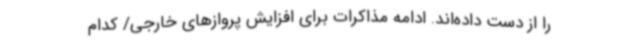
را از دست داده‌اند. ادامه مذاکرات برای افزایش پروازهای خارجی/ کدام